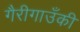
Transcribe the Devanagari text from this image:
गैरीगाउँकी